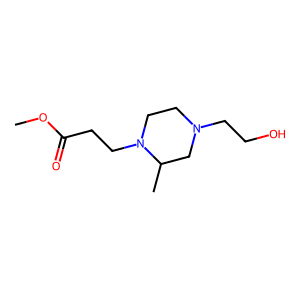
SMILES: COC(=O)CCN1CCN(CCO)CC1C
Inhibits HIV replication: No